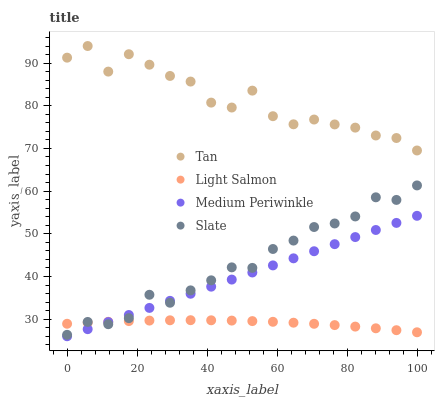
| xaxis_label | Tan | Light Salmon | Medium Periwinkle | Slate |
 | --- | --- | --- | --- | --- |
 | 0 | 91.3 | 28.9 | 26 | 26.3 |
 | 5.88 | 94 | 29.2 | 27.7 | 29.4 |
 | 11.8 | 88 | 29.4 | 29.3 | 28.8 |
 | 17.6 | 92.1 | 29.6 | 31 | 30.2 |
 | 23.5 | 89.6 | 29.7 | 32.6 | 35.7 |
 | 29.4 | 87 | 29.7 | 34.3 | 33.9 |
 | 35.3 | 85.7 | 29.8 | 36 | 36.7 |
 | 41.2 | 80.7 | 29.7 | 37.6 | 39.1 |
 | 47.1 | 79.6 | 29.7 | 39.3 | 42.1 |
 | 52.9 | 83.5 | 29.6 | 40.9 | 42 |
 | 58.8 | 77.6 | 29.4 | 42.6 | 46.4 |
 | 64.7 | 75.7 | 29.2 | 44.3 | 48.4 |
 | 70.6 | 76.8 | 28.9 | 45.9 | 51.6 |
 | 76.5 | 75.6 | 28.6 | 47.6 | 52.4 |
 | 82.4 | 74.9 | 28.3 | 49.2 | 54.1 |
 | 88.2 | 73 | 27.9 | 50.9 | 58.6 |
 | 94.1 | 72.4 | 27.4 | 52.6 | 57.9 |
 | 100 | 69.5 | 26.9 | 54.2 | 61.3 |